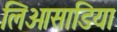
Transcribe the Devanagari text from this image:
लिओसाडिया